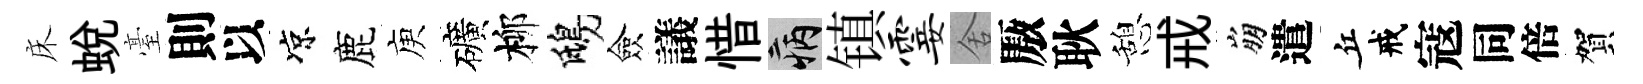
床蛻臺則以凉鹿庾礦柳鴟僉議惜病镇霎舍厫耿憩戒崩遣丘戒寇同倍賀